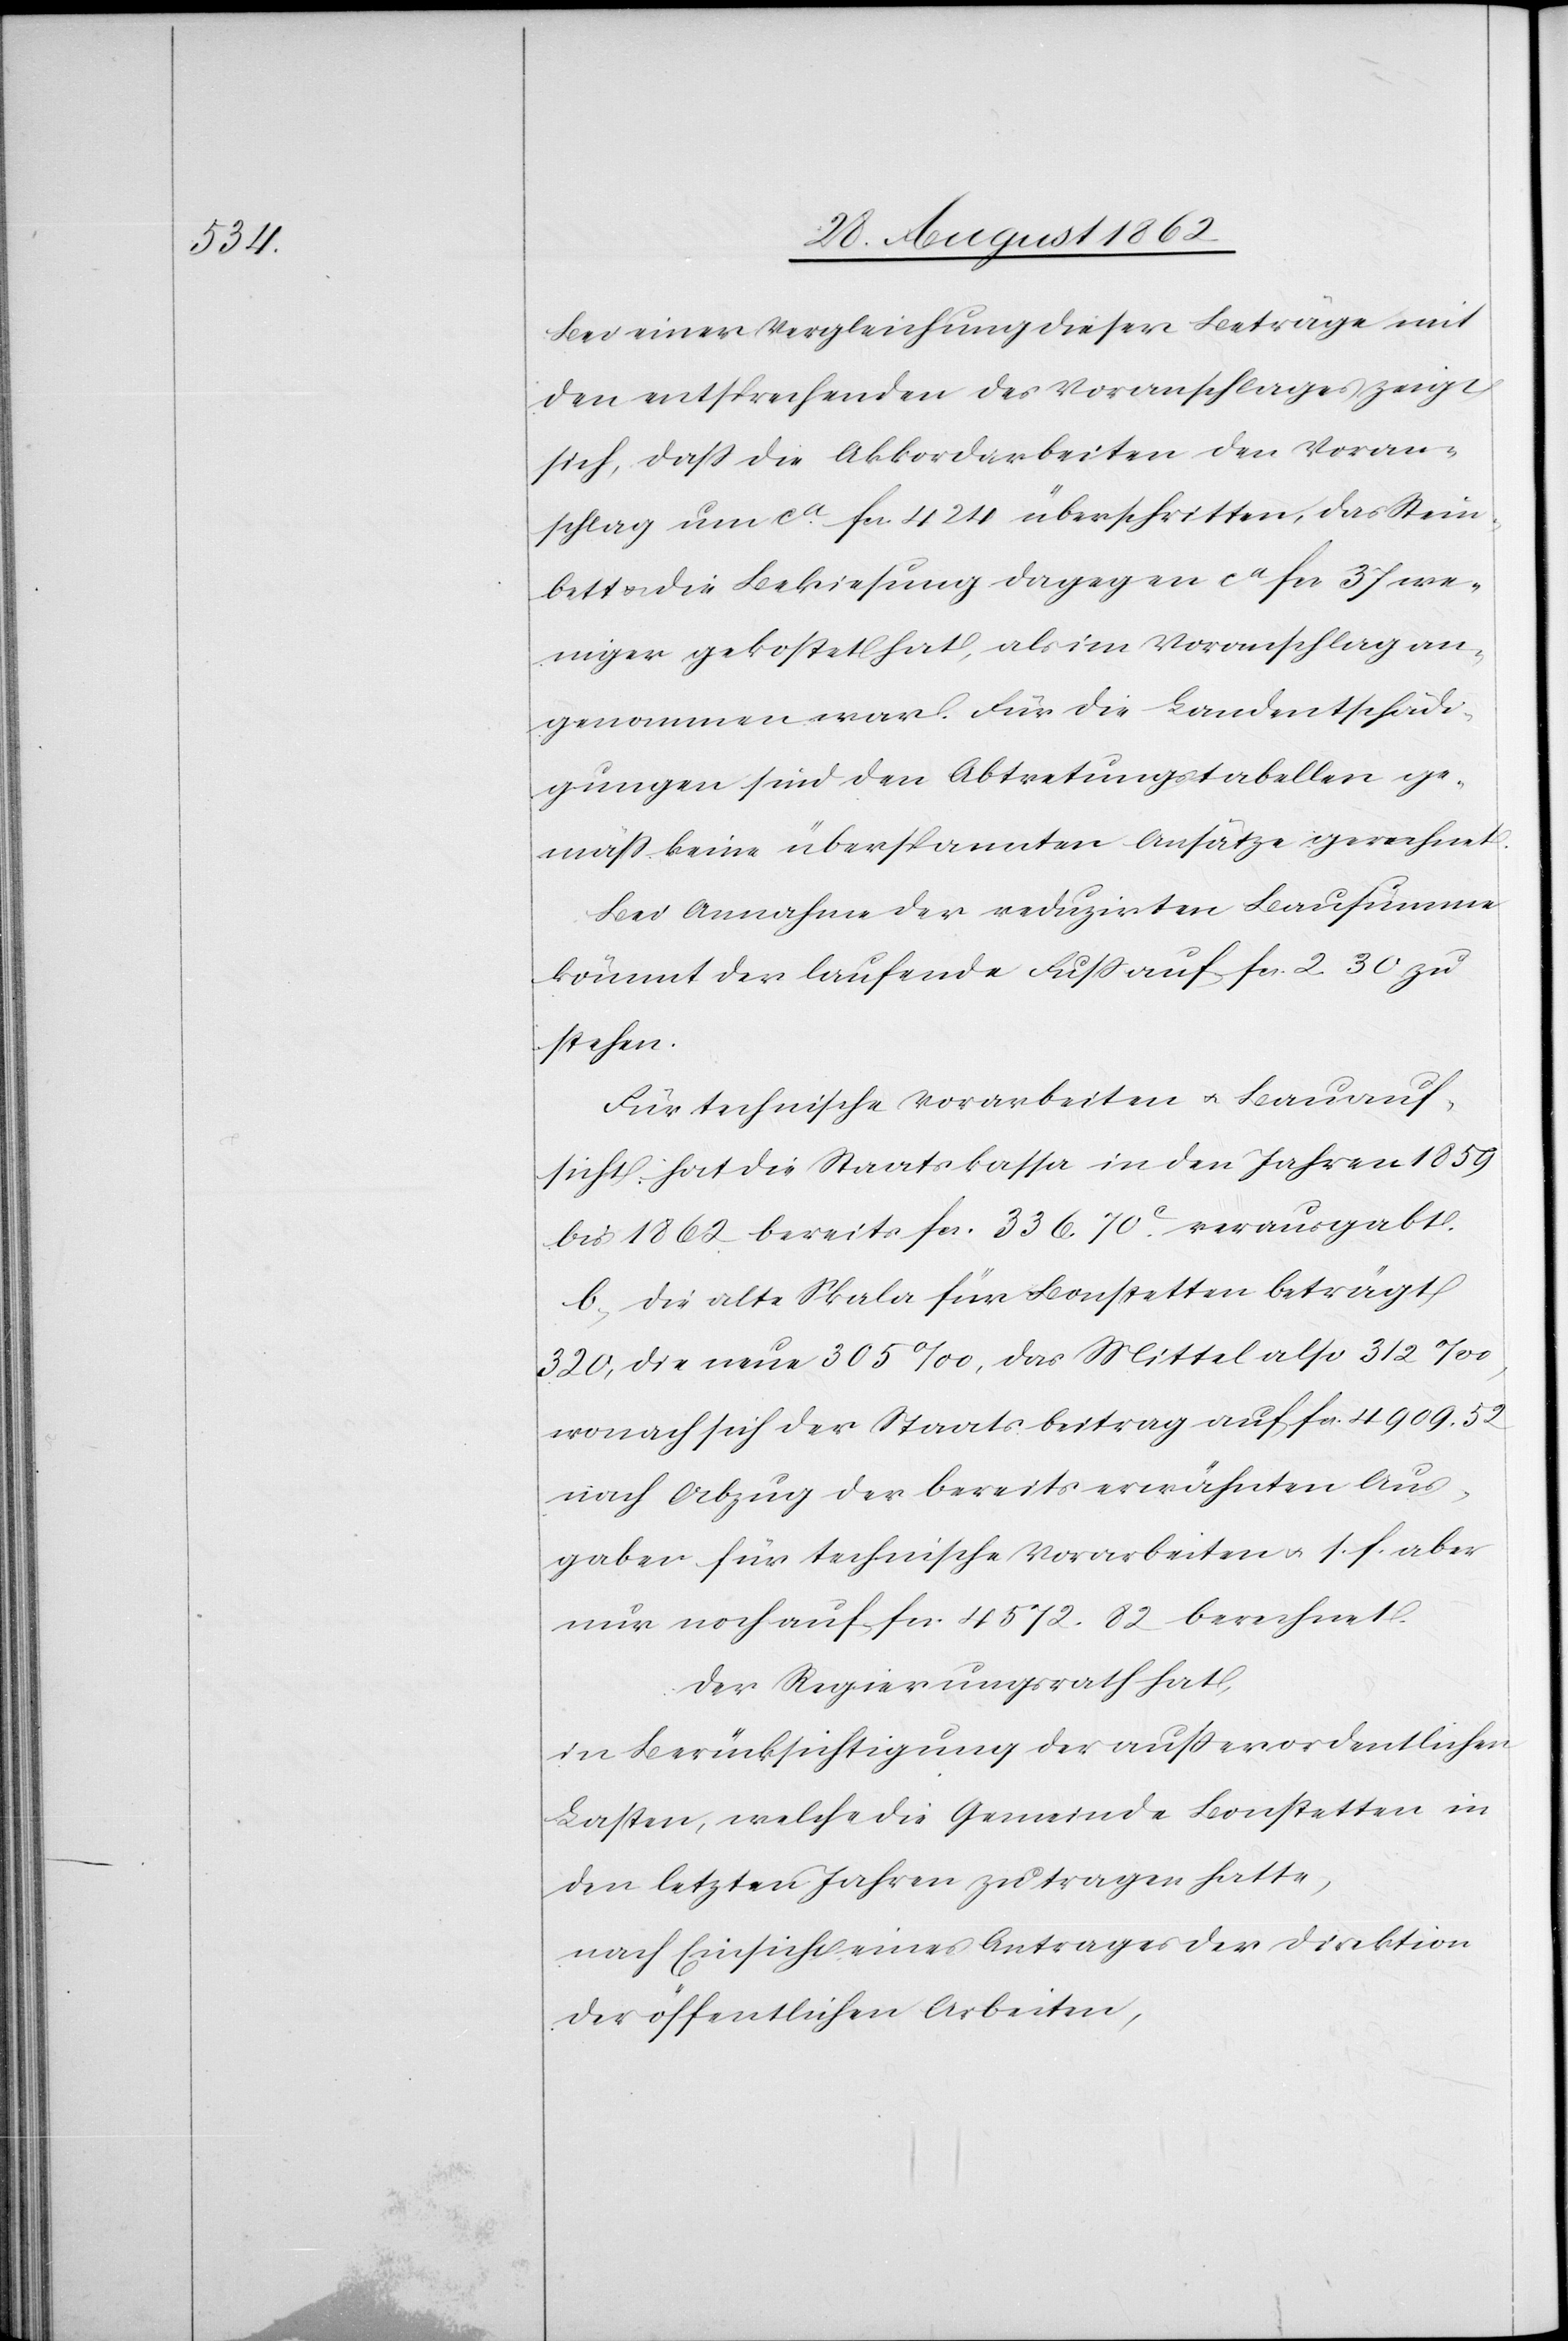
Bei einer Vergleichung dieser Beträge mit
den entsprechenden des Voranschlages zeigt
sich, daß die Akkordarbeiten den Voran¬
schlag um ca. fcs. 424 überschritten, das Stein¬
bett u. die Bekiesung dagegen ca fcs. 37 we¬
niger gekostet hat, als im Voranschlag an¬
genommen war. Für die Landentschädi¬
gungen sind den Abtretungstabellen ge¬
mäß keine überspannten Ansätze gerechnet.
Bei Annahme der reduzirten Bausumme
kömmt der laufende Fuß auf fcs. 2. 30 zu
stehen.
Für technische Vorarbeiten u. Bauauf¬
sicht hat die Staatskassa in den Jahren 1859
bis 1862 bereits fcs. 336. 70C verausgabt.
b. die alte Skala für Bonstetten beträgt
320, die neue 305‰, das Mittel also 312‰,
wonach sich der Staatsbeitrag auf fcs. 4909. 52
nach Abzug der bereits erwähnten Aus¬
gaben für technische Vorarbeiten u. s. f. aber
nur noch auf fcs. 4572. 82 berechnet.
Der Regierungsrath hat,
in Berücksichtigung der außerordentlichen
Lasten, welche die Gemeinde Bonstetten in
den letzten Jahren zu tragen hatte,
nach Einsicht eines Antrages der Direktion
der öffentlichen Arbeiten,